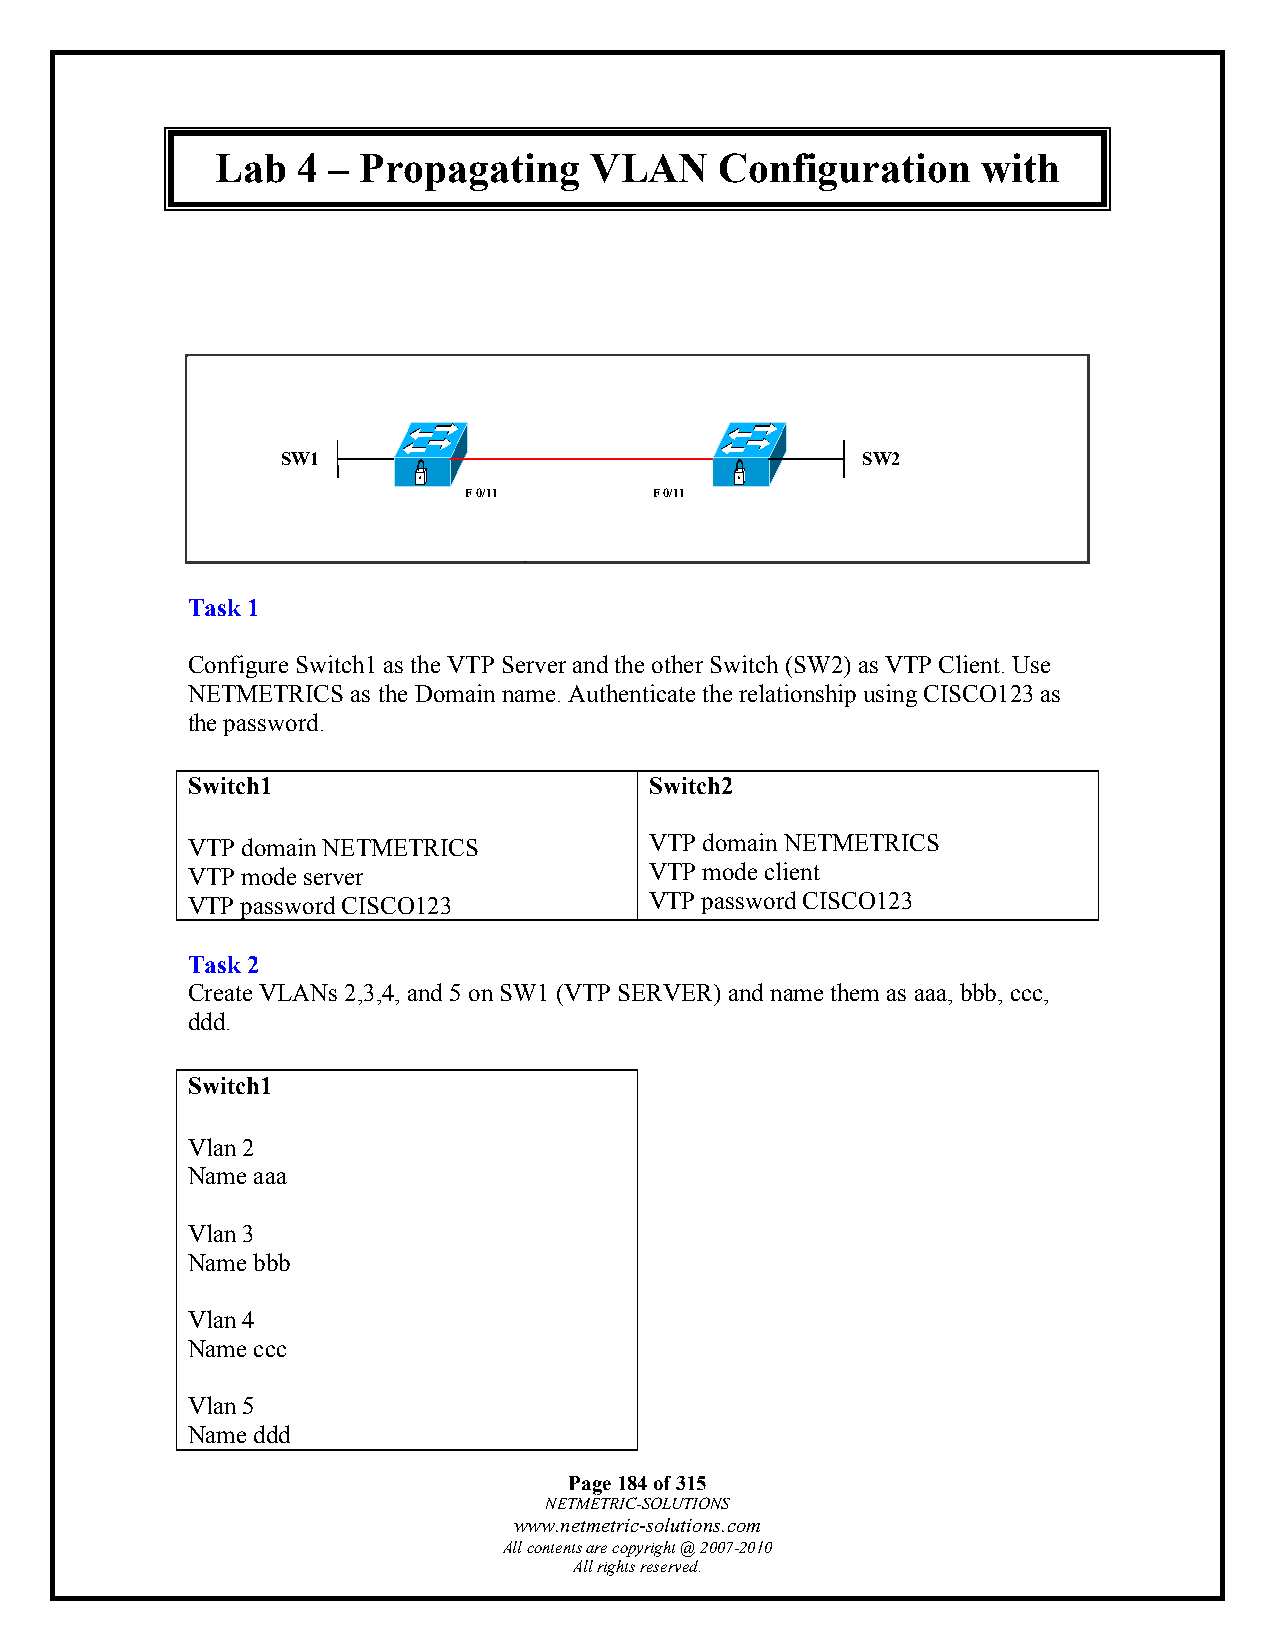
Lab   4 – Propagating    VLAN     Configuration    with
 VTP
 SW1                                   SW2
 F 0/11      F 0/11
 Task 1
 Configure Switch1 as the VTP Server and the other Switch (SW2) as VTP Client. Use
 NETMETRICS as the Domain name. Authenticate the relationship using CISCO123 as
 the password.
 Switch1                        Switch2
 VTP domain NETMETRICS          VTP domain NETMETRICS
 VTP mode server                VTP mode client
 VTP password CISCO123          VTP password CISCO123
 Task 2
 Create VLANs 2,3,4, and 5 on SW1 (VTP SERVER) and name them as aaa, bbb, ccc,
 ddd.
 Switch1
 Vlan 2
 Name aaa
 Vlan 3
 Name bbb
 Vlan 4
 Name ccc
 Vlan 5
 Name ddd
 Page 184 of 315
 NETMETRIC-SOLUTIONS
 www.netmetric-solutions.com
 All contents are copyright @ 2007-2010
 All rights reserved.